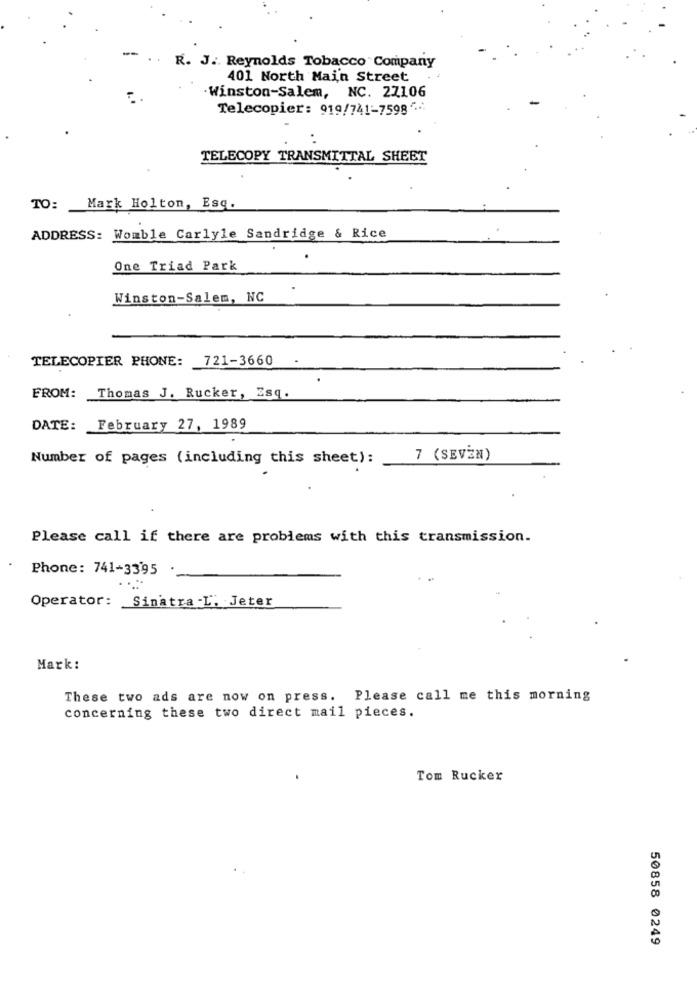
R. J. Reynolds Tobacco Company
401 North Main Street
.Winston-Salem, NC. 27106
Telecopier: 919/741-75985 ..
TELECOPY TRANSMITTAL SHEET
TO: Mark Holton, Esq.
ADDRESS: Womble Carlyle Sandridge & Rice
One Triad Park
Winston-Salem, NC
TELECOPIER PHONE: 721-3660
FROM: Thomas J. Rucker, Esq.
DATE:
February 27, 1989
Number of pages (including this sheet):
7 (SEVEN)
Please call if there are problems with this transmission.
Phone: 741-3395
Operator: Sinatra .L. Jeter
Mark:
These two ads are now on press. Please call me this morning
concerning these two direct mail pieces.
Tom Rucker
50858 0249